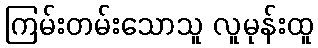
ကြမ်းတမ်းသောသူ လူမုန်းထူ